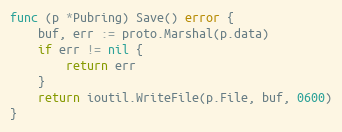
Language: Go
func (p *Pubring) Save() error {
	buf, err := proto.Marshal(p.data)
	if err != nil {
		return err
	}
	return ioutil.WriteFile(p.File, buf, 0600)
}